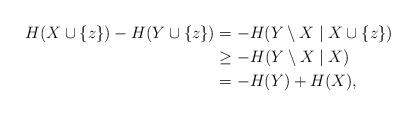
LaTeX: \begin{align*} H( X \cup \{z\} ) - H( Y \cup \{z\} ) &= - H( Y \setminus X \mid X \cup \{z\} ) \\&\ge - H( Y \setminus X \mid X ) \\&= - H( Y ) + H( X ),\end{align*}